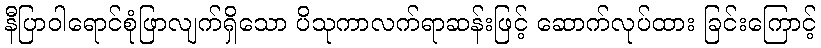
နီပြာဝါရောင်စုံဖြာလျက်ရှိသော ပိသုကာလက်ရာဆန်းဖြင့် ဆောက်လုပ်ထား ခြင်းကြောင့်